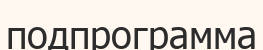
подпрограмма